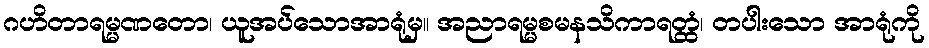
ဂဟိတာရမ္မဏတော၊ ယူအပ်သောအာရုံမှ။ အညာရမ္မစမနသိကာရတ္ထံ၊ တပါးသော အာရုံကို